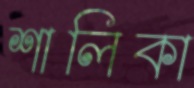
শালিকা